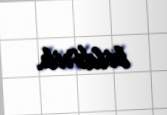
bildirib.